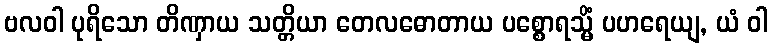
ဗလဝါ ပုရိသော တိဏှာယ သတ္တိယာ တေလဓောတာယ ပစ္စောရသ္မိံ ပဟရေယျ, ယံ ဝါ